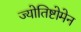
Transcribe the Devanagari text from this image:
ज्योतिष्टोमेन